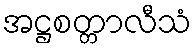
အဋ္ဌစတ္တာလီသံ